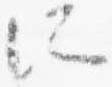
所